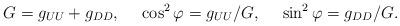
LaTeX: \begin{align*}G=g_{UU}+g_{DD}, \ \ \ \ \cos^2\varphi =g_{UU}/G, \ \ \ \ \sin^2\varphi =g_{DD}/G.\end{align*}